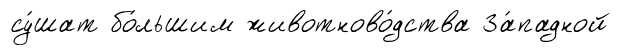
су́шат бо́льшим животново́дства За́падной